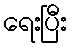
ရေးပြီး